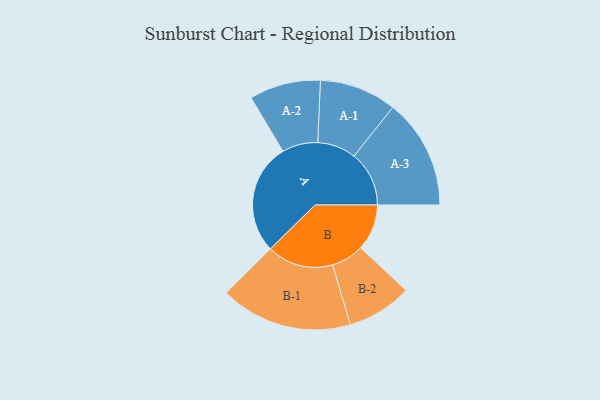
{"axis": {"x": "Segment", "y": "Value"}, "legend": ["", "A", "B"], "data": [{"x": "A", "y": 498, "type": ""}, {"x": "B", "y": 207, "type": ""}, {"x": "A-1", "y": 173, "type": "A"}, {"x": "A-2", "y": 160, "type": "A"}, {"x": "A-3", "y": 247, "type": "A"}, {"x": "B-1", "y": 297, "type": "B"}, {"x": "B-2", "y": 146, "type": "B"}]}